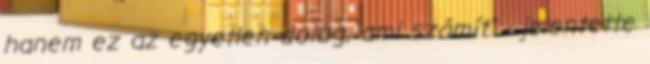
hanem ez az egyetlen dolog, ami számít" - jelentette